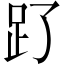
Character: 𧾿